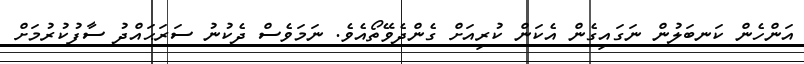
އަންހެން ކަނބަލުން ނަގައިގެން އެކަން ކުރިއަށް ގެންދެވޭތޯއެވެ. ނަމަވެސް ދެކުނު ސަރަޙައްދު ސާފުކުރުމަށް